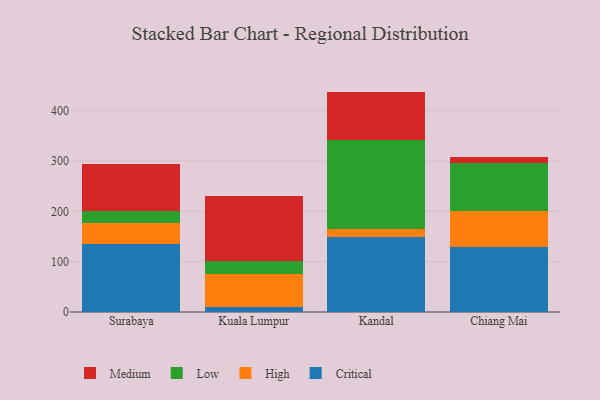
{"axis": {"x": "City", "y": "Bounce Rate (%)"}, "legend": ["Critical", "High", "Low", "Medium"], "data": [{"x": "Surabaya", "y": 135.9, "type": "Critical"}, {"x": "Surabaya", "y": 40.9, "type": "High"}, {"x": "Surabaya", "y": 23.2, "type": "Low"}, {"x": "Surabaya", "y": 95.1, "type": "Medium"}, {"x": "Kuala Lumpur", "y": 10.0, "type": "Critical"}, {"x": "Kuala Lumpur", "y": 64.7, "type": "High"}, {"x": "Kuala Lumpur", "y": 26.4, "type": "Low"}, {"x": "Kuala Lumpur", "y": 130.4, "type": "Medium"}, {"x": "Kandal", "y": 148.7, "type": "Critical"}, {"x": "Kandal", "y": 17.2, "type": "High"}, {"x": "Kandal", "y": 176.4, "type": "Low"}, {"x": "Kandal", "y": 95.7, "type": "Medium"}, {"x": "Chiang Mai", "y": 129.6, "type": "Critical"}, {"x": "Chiang Mai", "y": 70.7, "type": "High"}, {"x": "Chiang Mai", "y": 95.9, "type": "Low"}, {"x": "Chiang Mai", "y": 11.8, "type": "Medium"}]}